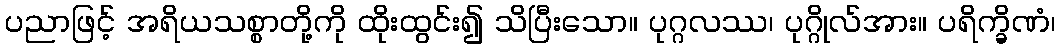
ပညာဖြင့် အရိယသစ္စာတို့ကို ထိုးထွင်း၍ သိပြီးသော။ ပုဂ္ဂလဿ၊ ပုဂ္ဂိုလ်အား။ ပရိက္ခိဏံ၊